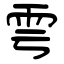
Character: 雩